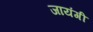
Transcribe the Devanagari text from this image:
जायंगी